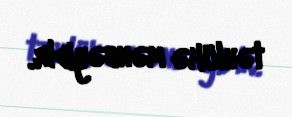
təhlükə mənbəyidir.